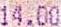
14.00